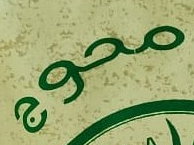
محوج